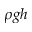
\rho g h